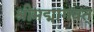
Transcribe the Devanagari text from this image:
श्रीमद्मागवत्